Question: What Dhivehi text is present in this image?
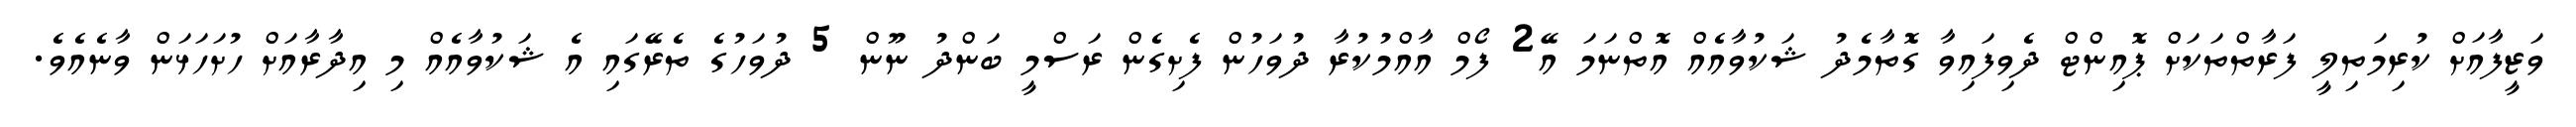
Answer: ވަޒީފާއަށް ކުރިމަތިލީ ފަރާތްތަކަށް ޕޮއިންޓް ދެވިފައިވާ ގޮތާމެދު ޝަކުވާއެއް އޮތްނަމަ އޭ2 ފޯމް އާއްމުކުރާ ދުވަހުން ފެށިގެން ރަސްމީ ބަންދު ނޫން 5 ދުވަހުގެ ތެރޭގައި އެ ޝަކުވާއެއް މި އިދާރާއަށް ހުށަހަޅަން ވާނެއެވެ.